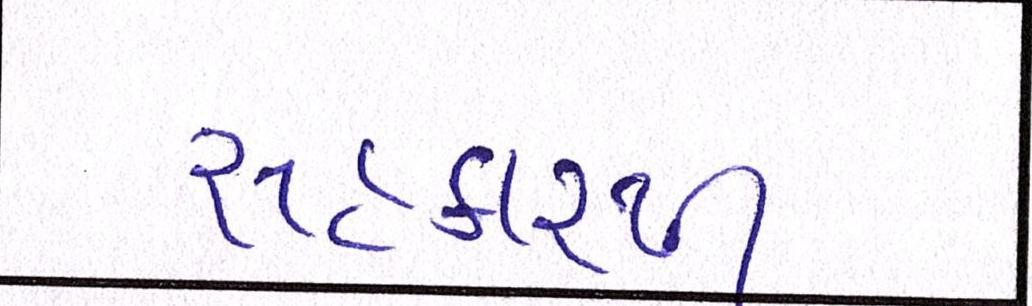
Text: સહકારથી